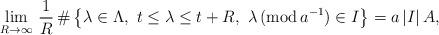
LaTeX: \begin{align*}\lim_{R\to \infty}\,\frac{1}{R}\,\#\left\{\lambda\in \Lambda,\,\,t\le \lambda\le t+R,\,\,\lambda\,({\rm mod}\, a^{-1})\in I \right\}= a\,|I|\,A,\end{align*}